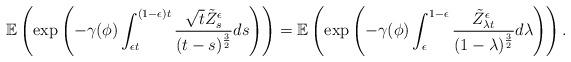
LaTeX: \begin{align*}&\mathbb{E}\left(\exp\left(- \gamma(\phi) \int_{\epsilon t}^{(1-\epsilon)t}\frac{\sqrt{t}\tilde{Z}_s^{\epsilon}}{(t-s)^{\frac{3}{2}}} ds \right)\right)=\mathbb{E}\left(\exp\left(-\gamma(\phi)\int_{\epsilon}^{1-\epsilon}\frac{\tilde{Z}^{\epsilon}_{\lambda t}}{(1-\lambda)^{\frac{3}{2}}} d\lambda\right) \right).\end{align*}